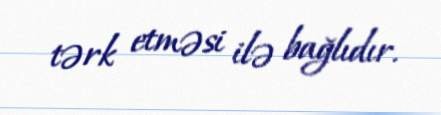
tərk etməsi ilə bağlıdır.